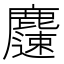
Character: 𪋝